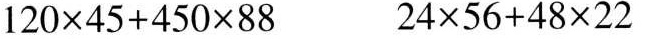
$$1 2 0 \times 4 5 + 4 5 0 \times 8 8$$ $$2 4 \times 5 6 + 4 8 \times 2 2$$